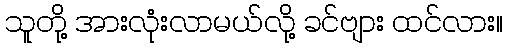
သူတို့ အားလုံးလာမယ်လို့ ခင်ဗျား ထင်လား။